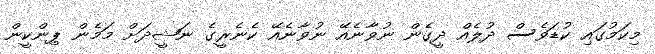
މިކަމުގައި ކުޑަވެސް ދުލެއް ދީގެން ނުވާނެއޭ ނުވާނެއޭ ކެނެރީގެ ނަޝީދަށް މަމެން ޕިންކީން